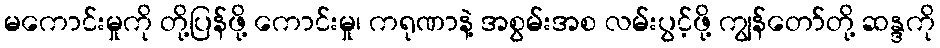
မကောင်းမှုကို တို့ပြန်ဖို့ ကောင်းမှု၊ ကရုဏာနဲ့ အစွမ်းအစ လမ်းပွင့်ဖို့ ကျွန်တော်တို့ ဆန္ဒကို